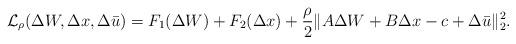
LaTeX: \begin{align*}\mathcal{L}_{\rho}(\Delta W,\Delta x,\Delta \bar{u}) = F_1(\Delta W)+F_2(\Delta x)+\frac{\rho}{2}\|A\Delta W+B\Delta x-c+\Delta \bar{u}\|_2^2.\end{align*}